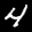
Label: 4